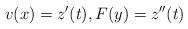
LaTeX: \begin{align*}v(x)=z'(t),F(y)=z''(t)\end{align*}